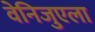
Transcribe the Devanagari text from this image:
वेनिजुएला